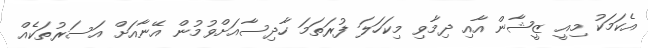
އެކަމަކު މިއީ ޒީޝާން އާއި ދިމާވި މިކަހަލަ ފުރަތަމަ ހާދިސާއަށްވުމުން އޭނާއަށް އަސަރުތަކެއް